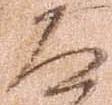
道